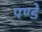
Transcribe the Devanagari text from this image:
पण्डे